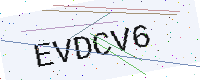
Text: EVDCV6